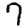
Digit: 7